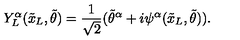
Y _ { L } ^ { \alpha } ( { \tilde { x } _ { L } } , { \tilde { \theta } } ) = \frac { 1 } { \sqrt { 2 } } ( { { \tilde { \theta } } ^ { \alpha } } + i \psi ^ { \alpha } ( { \tilde { x } _ { L } } , { \tilde { \theta } } ) ) .